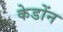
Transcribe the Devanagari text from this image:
केडोंन